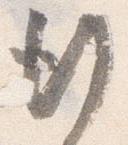
行